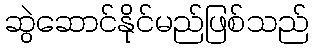
ဆွဲဆောင်နိုင်မည်ဖြစ်သည်